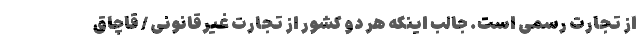
از تجارت رسمی است. جالب اینکه هر دو کشور از تجارت غیرقانونی / قاچاق